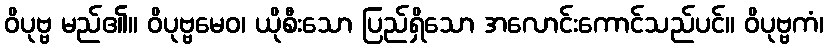
ဝိပုဗ္ဗ မည်၏။ ဝိပုဗ္ဗမေဝ၊ ယိုစီးသော ပြည်ရှိသော အလောင်းကောင်သည်ပင်။ ဝိပုဗ္ဗကံ၊